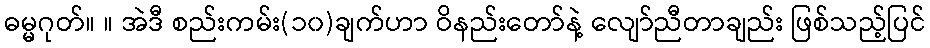
ဓမ္မဂုတ်။ ။ အဲဒီ စည်းကမ်း(၁၀)ချက်ဟာ ဝိနည်းတော်နဲ့ လျော်ညီတာချည်း ဖြစ်သည့်ပြင်